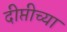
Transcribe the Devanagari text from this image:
दीप्तीच्या